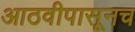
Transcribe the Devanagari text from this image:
आठवीपासूनच